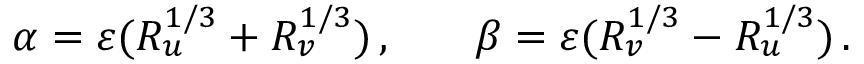
\begin{array} { r l r } { \alpha = \varepsilon ( R _ { u } ^ { 1 / 3 } + R _ { v } ^ { 1 / 3 } ) \, , } & { { } } & { \beta = \varepsilon ( R _ { v } ^ { 1 / 3 } - R _ { u } ^ { 1 / 3 } ) \, . } \end{array}